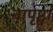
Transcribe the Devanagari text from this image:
नापृष्ट्वा